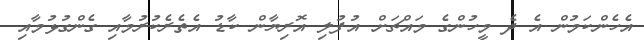
އެހެންކަމުން އެ ދެ މީހުންގެ މައްޗަށް އުފުލި އޮރިޔާން ކާޑު އެތެރެކުރުމާއި ގެންގުޅުމާއި